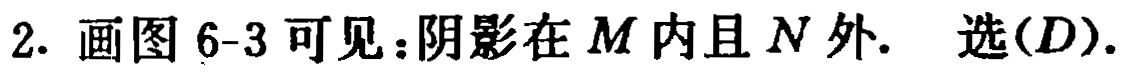
2. 画图 6-3 可见：阴影在 \(M\) 内且 \(N\) 外. 选\((D)\).